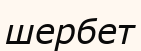
шербет